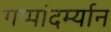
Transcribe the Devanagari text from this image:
गप्पांदर्म्यान